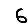
Digit: 6